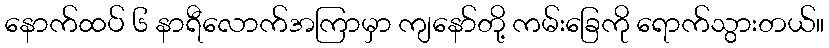
နောက်ထပ် ၆ နာရီလောက်အကြာမှာ ကျနော်တို့ ကမ်းခြေကို ရောက်သွားတယ်။